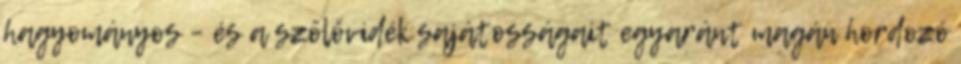
hagyományos – és a szőlővidék sajátosságait egyaránt magán hordozó